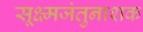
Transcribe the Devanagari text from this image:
सूक्ष्मजंतुनाशक